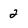
Character: 2